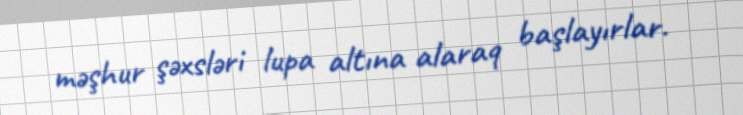
məşhur şəxsləri lupa altına alaraq başlayırlar.